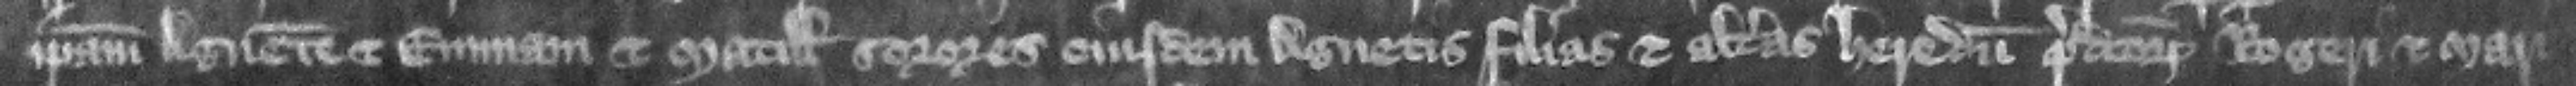
ipsam Agnetem et Emma et Matillidem sorores eiusdem Agnetis filias et alteras heredum predictorum Rogeri et Mari